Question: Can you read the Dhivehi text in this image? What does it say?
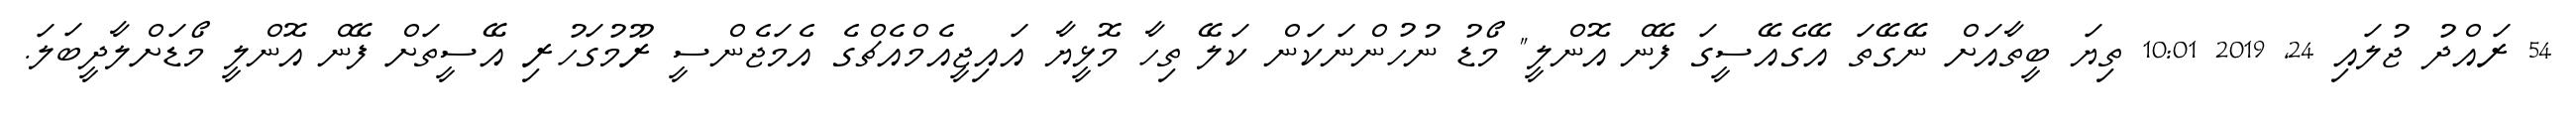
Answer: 54 ރައްދު ޖުލައި 24, 2019 10:01 ތިޔަ ބީތާއަށް ނޭގޭތަ އޭގެއޭސީގަ ފޭން އޮންލީ" މޯޑު ނުހުންނަކަން ކަލޭ ތިހާ މޮޅީޔާ އައިޖީއެމްއެޗްގެ އެމަޖެންސީ ރޫމުގަހުރި އޭސީތަށް ފޭން އޮންލީ މޯޑަށްލާދީބަލަ.